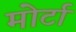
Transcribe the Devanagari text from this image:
मोर्टा